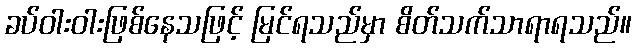
ခပ်ဝါးဝါးဖြစ်နေသဖြင့် မြင်ရသည်မှာ စိတ်သက်သာရာရသည်။